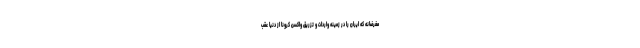
مغرضانه که ایران را در زمینه واردات و تزریق واکسن کرونا از دنیا عقب